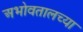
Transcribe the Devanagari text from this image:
अभोवतालच्या